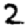
Digit: 2